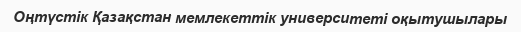
Оңтүстік Қазақстан мемлекеттік университеті оқытушылары